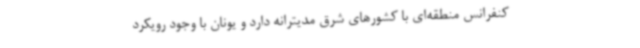
کنفرانس منطقه‌ای با کشورهای شرق مدیترانه دارد و یونان با وجود رویکرد